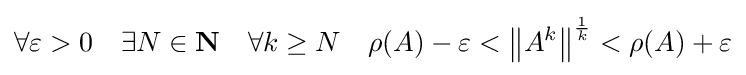
\forall \varepsilon >0\quad \exists N\in \mathbf {N} \quad \forall k\geq N\quad \rho (A)-\varepsilon <\left\|A^{k}\right\|^{\frac {1}{k}}<\rho (A)+\varepsilon